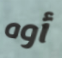
أوه